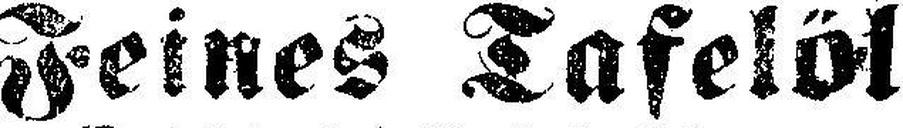
Feines Tafelöl